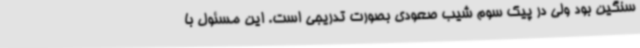
سنگین بود ولی در پیک سوم شیب صعودی بصورت تدریجی است. این مسئول با